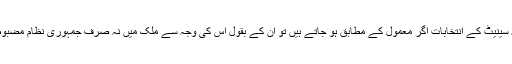
سیاسی امور کے تجزیہ احمد بلال محبوب نے پیر کو وائس آف امریکہ سے گفتگو کرتے ہوئے کہا کہ سینیٹ کے انتخابات اگر معمول کے مطابق ہو جاتے ہیں تو ان کے بقول اس کی وجہ سے ملک میں نہ صرف جمہوری نظام مضبوط ہو گا بلکہ 2018ء میں ہونے والے عام انتخابات کا بھی اپنے وقت پر ہونے کا امکان بڑھ جائے گا۔